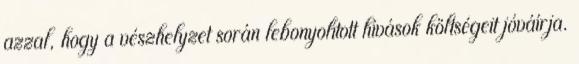
azzal, hogy a vészhelyzet során lebonyolított hívások költségeit jóváírja.